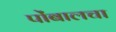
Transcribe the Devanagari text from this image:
पोंबालचा